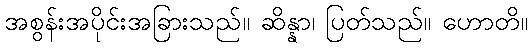
အစွန်းအပိုင်းအခြားသည်။ ဆိန္နာ၊ ပြတ်သည်။ ဟောတိ။